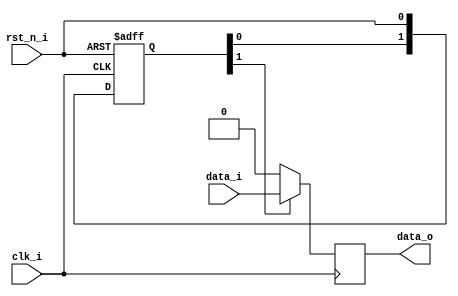
//--------------------------------------------------------------------------------
// Example demonstrating synchronous reset with pulse stretcher
// Testbench: sync_reset_tb.v
//--------------------------------------------------------------------------------

module sync_reset_stretch#(
  parameter  CYCLES = 2 // clock cycles by which pulse needs to be streched
)(
  input      clk_i,
  input      rst_n_i,
  input      data_i,
  output reg data_o
);

//--------------------------------------------------------------------------------
// Pulse stretching logic
//--------------------------------------------------------------------------------
  wire              rst_n;
  reg [CYCLES-1: 0] rst_n_d;
  
  always@ (posedge clk_i, negedge rst_n_i) begin
    if(!rst_n_i) begin
	  rst_n_d <= 'h0;                              // reset is applied in very next cycle
	end else begin
	  rst_n_d <= {rst_n_d[CYCLES-2:0], (rst_n_i)}; // reset is removed after 2 cycles
	end
  end
  
  assign rst_n = rst_n_d[CYCLES-1]; // stretched pulse
//--------------------------------------------------------------------------------
  
  always@(posedge clk_i) begin
    if (!rst_n) begin
	  data_o <= 1'b0;
	end else begin
	  data_o <= data_i;
	end
  end
  
endmodule